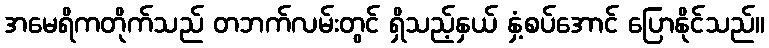
အမေရိကတိုက်သည် တဘက်လမ်းတွင် ရှိသည့်နှယ် နှံ့စပ်အောင် ပြောနိုင်သည်။